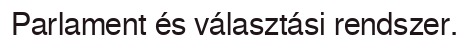
Parlament és választási rendszer.